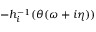
- h _ { i } ^ { - 1 } ( \theta ( \omega + i \eta ) )